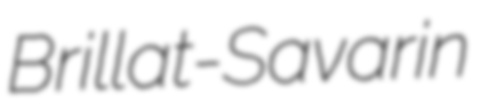
Brillat-Savarin